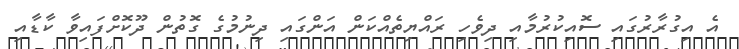
އެ އިގުރާރުގައި ސޮއިކުރުމާއި ދިވެހި ރައްޔިތެއްކަން އަންގައި ދިނުމުގެ ގޮތުން ދޫކޮށްފައިވާ ކާޑާއި